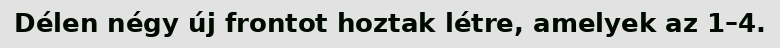
Délen négy új frontot hoztak létre, amelyek az 1–4.